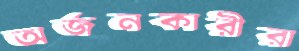
অর্জনকারীরা